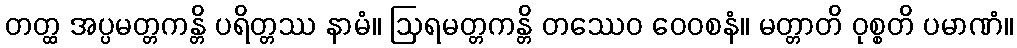
တတ္ထ အပ္ပမတ္တကန္တိ ပရိတ္တဿ နာမံ။ ဩရမတ္တကန္တိ တဿေဝ ဝေဝစနံ။ မတ္တာတိ ဝုစ္စတိ ပမာဏံ။